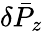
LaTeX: \delta{\bar{P}}_{z}